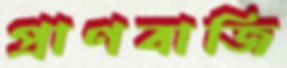
প্রাণবাজি